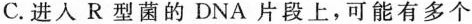
C.进入R型菌的DNA片段上，可能有多个